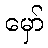
မှော်